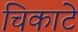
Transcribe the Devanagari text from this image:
चिकाटे